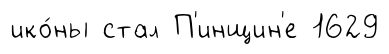
ико́ны стал П'инщин'е 1629